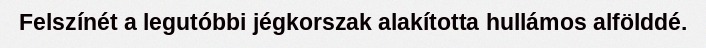
Felszínét a legutóbbi jégkorszak alakította hullámos alfölddé.